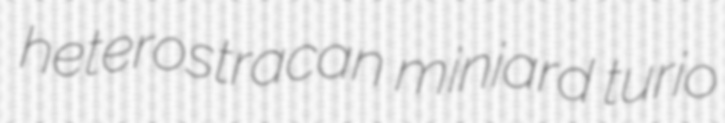
heterostracan miniard turio